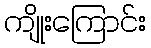
ကျိုးကြောင်း